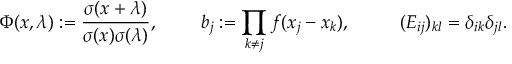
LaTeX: \Phi ( x , \lambda ) : = \frac { \sigma ( x + \lambda ) } { \sigma ( x ) \sigma ( \lambda ) } , \mathrm { ~ \ \ \ \ ~ } \ b _ { j } : = \prod _ { k \neq j } f ( x _ { j } - x _ { k } ) , \ \ \ \mathrm { ~ \ \ \ ~ } ( E _ { i j } ) _ { k l } = \delta _ { i k } \delta _ { j l } .